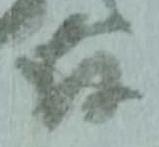
存